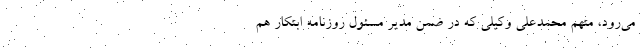
می‌رود، متهم محمدعلی وکیلی که در ضمن مدیر مسئول روزنامه ابتکار هم